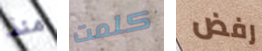
منذ كلمت رفض